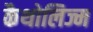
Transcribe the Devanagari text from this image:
कैथोलिज्म